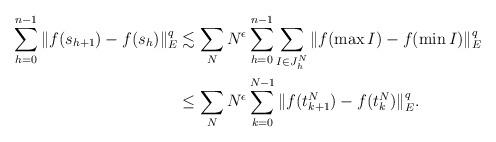
LaTeX: \begin{align*} \begin{aligned} \sum_{h=0}^{n-1}\|f(s_{h+1}) - f(s_h)\|_E^q &\lesssim \sum_{N} N^\epsilon \sum_{h=0}^{n-1}\sum_{I\in J_h^N}\|f(\max I) - f(\min I)\|_E^q\\ &\leq \sum_{N} N^\epsilon \sum_{k=0}^{N-1}\|f(t_{k+1}^N) - f(t_k^N)\|_E^q. \end{aligned} \end{align*}